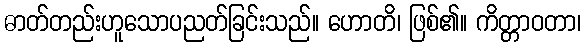
ဓာတ်တည်းဟူသောပညတ်ခြင်းသည်။ ဟောတိ၊ ဖြစ်၏။ ကိတ္တာဝတာ၊